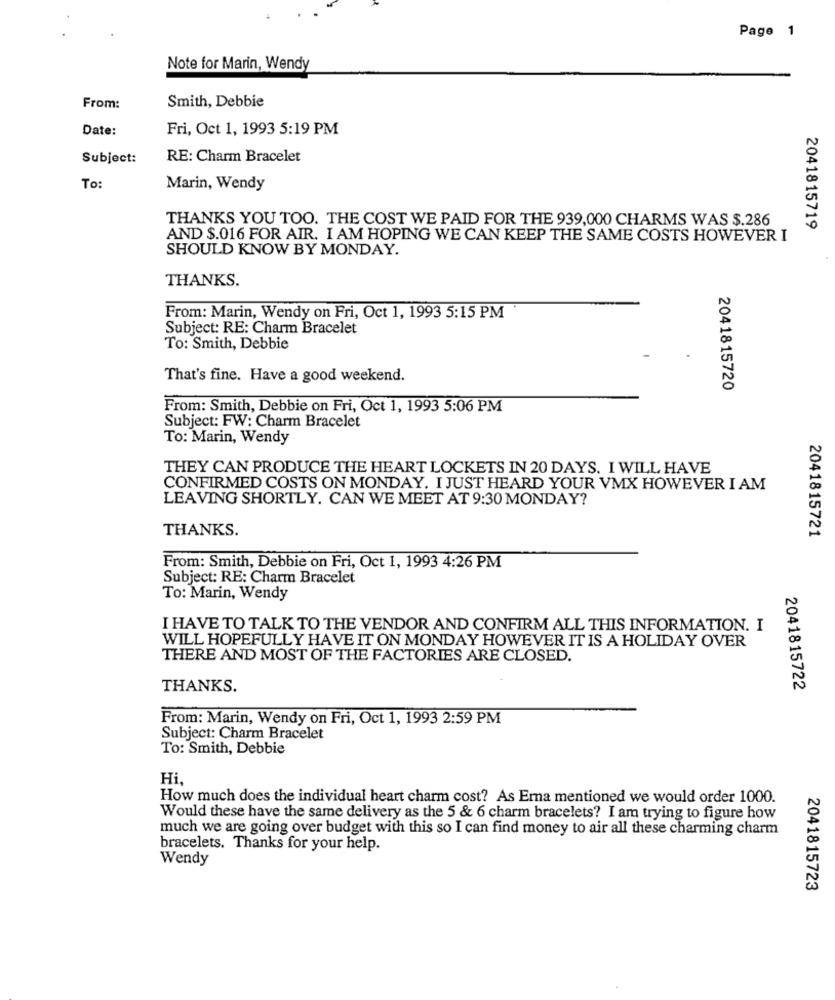
Page 1
Note for Marin, Wendy
Smith, Debbie
From:
Date:
Fri, Oct 1, 1993 5:19 PM
Subject:
RE: Charm Bracelet
To:
Marin, Wendy
THANKS YOU TOO. THE COST WE PAID FOR THE 939,000 CHARMS WAS $.286
2041815719
AND $.016 FOR AIR. I AM HOPING WE CAN KEEP THE SAME COSTS HOWEVER I
SHOULD KNOW BY MONDAY.
THANKS.
From: Marin, Wendy on Fri, Oct 1, 1993 5:15 PM
Subject: RE: Charm Bracelet
To: Smith, Debbie
That's fine. Have a good weekend.
2041815720
From: Smith, Debbie on Fri, Oct 1, 1993 5:06 PM
Subject: FW: Charm Bracelet
To: Marin, Wendy
THEY CAN PRODUCE THE HEART LOCKETS IN 20 DAYS. I WILL HAVE
CONFIRMED COSTS ON MONDAY. I JUST HEARD YOUR VMX HOWEVER I AM
LEAVING SHORTLY. CAN WE MEET AT 9:30 MONDAY?
THANKS.
2041815721
From: Smith, Debbie on Fri, Oct 1, 1993 4:26 PM
Subject: RE: Charm Bracelet
To: Marin, Wendy
I HAVE TO TALK TO THE VENDOR AND CONFIRM ALL THIS INFORMATION. I
WILL HOPEFULLY HAVE IT ON MONDAY HOWEVER IT IS A HOLIDAY OVER
THERE AND MOST OF THE FACTORIES ARE CLOSED.
THANKS.
2041815722
From: Marin, Wendy on Fri, Oct 1, 1993 2:59 PM
Subject: Charm Bracelet
To: Smith, Debbie
Hi,
How much does the individual heart charm cost? As Ema mentioned we would order 1000.
Would these have the same delivery as the 5 & 6 charm bracelets? I am trying to figure how
much we are going over budget with this so I can find money to air all these charming charm
bracelets. Thanks for your help.
Wendy
2041815723